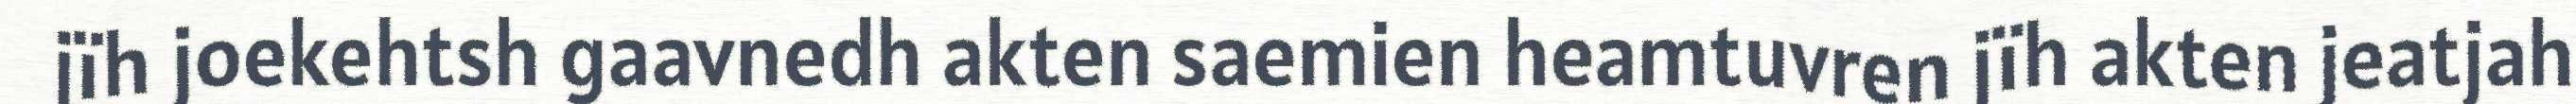
jïh joekehtsh gaavnedh akten saemien heamtuvren jïh akten jeatjah